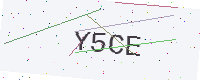
Text: Y5CE